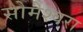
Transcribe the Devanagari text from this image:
सोमेश्वरा